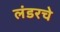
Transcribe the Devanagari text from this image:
लंडरचे